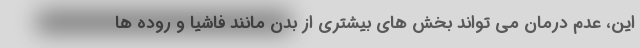
این، عدم درمان می تواند بخش های بیشتری از بدن مانند فاشیا و روده ها